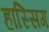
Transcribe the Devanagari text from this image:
हास्सिग